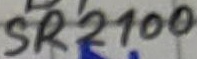
Text: SR2100